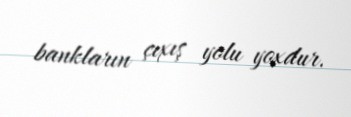
bankların çıxış yolu yoxdur.